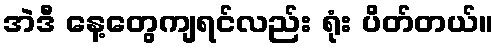
အဲဒီ နေ့တွေကျရင်လည်း ရုံး ပိတ်တယ်။